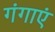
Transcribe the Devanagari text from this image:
गंगाएं